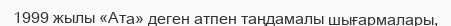
1999 жылы «Ата» деген атпен таңдамалы шығармалары,